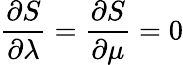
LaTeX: \frac{\partial S}{\partial\lambda}=\frac{\partial S}{\partial\mu}=0